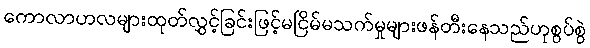
ကောလာဟလများထုတ်လွှင့်ခြင်းဖြင့်မငြိမ်မသက်မှုများဖန်တီးနေသည်ဟုစွပ်စွဲ